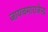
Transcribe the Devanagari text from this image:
जायचमाराजेन्द्र